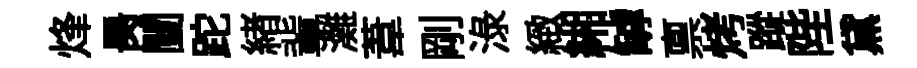
烽昺闉跎緖軰灘葦剛渌緻緗罅禀烤蹤陛黛